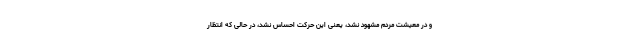
و در معیشت مردم مشهود نشد، یعنی این حرکت احساس نشد، در حالی که انتظار